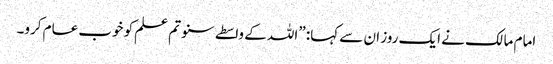
امام مالک نے ایک روز ان سے کہا: ”اللہ کے واسطے سنو تم علم کو خوب عام کرو۔